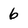
Character: 6